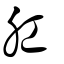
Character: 肛